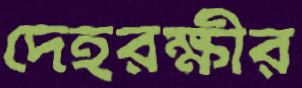
দেহরক্ষীর